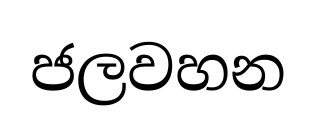
ජලවහන